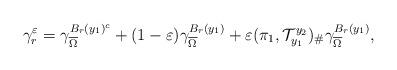
LaTeX: \begin{align*}\gamma_{r}^{\varepsilon}=\gamma_{\overline{\Omega}}^{B_{r}(y_{1})^{c}}+(1-\varepsilon)\gamma_{\overline{\Omega}}^{B_{r}(y_{1})}+\varepsilon(\pi_{1},\mathcal{T}_{y_{1}}^{y_{2}})_{\#}\gamma_{\overline{\Omega}}^{B_{r}(y_{1})},\end{align*}